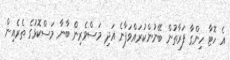
އެ ހޮޓާ ހިންގާ ފަރާތުން ބޭނުންކުރައްވަފާނެ އަދި މަސްވެރިން ބާނާ މަސްކޮޅުގެ ތެރެއިން